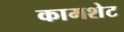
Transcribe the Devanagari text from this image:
कामशेट